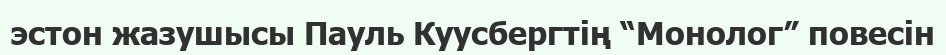
эстон жазушысы Пауль Куусбергтің “Монолог” повесін